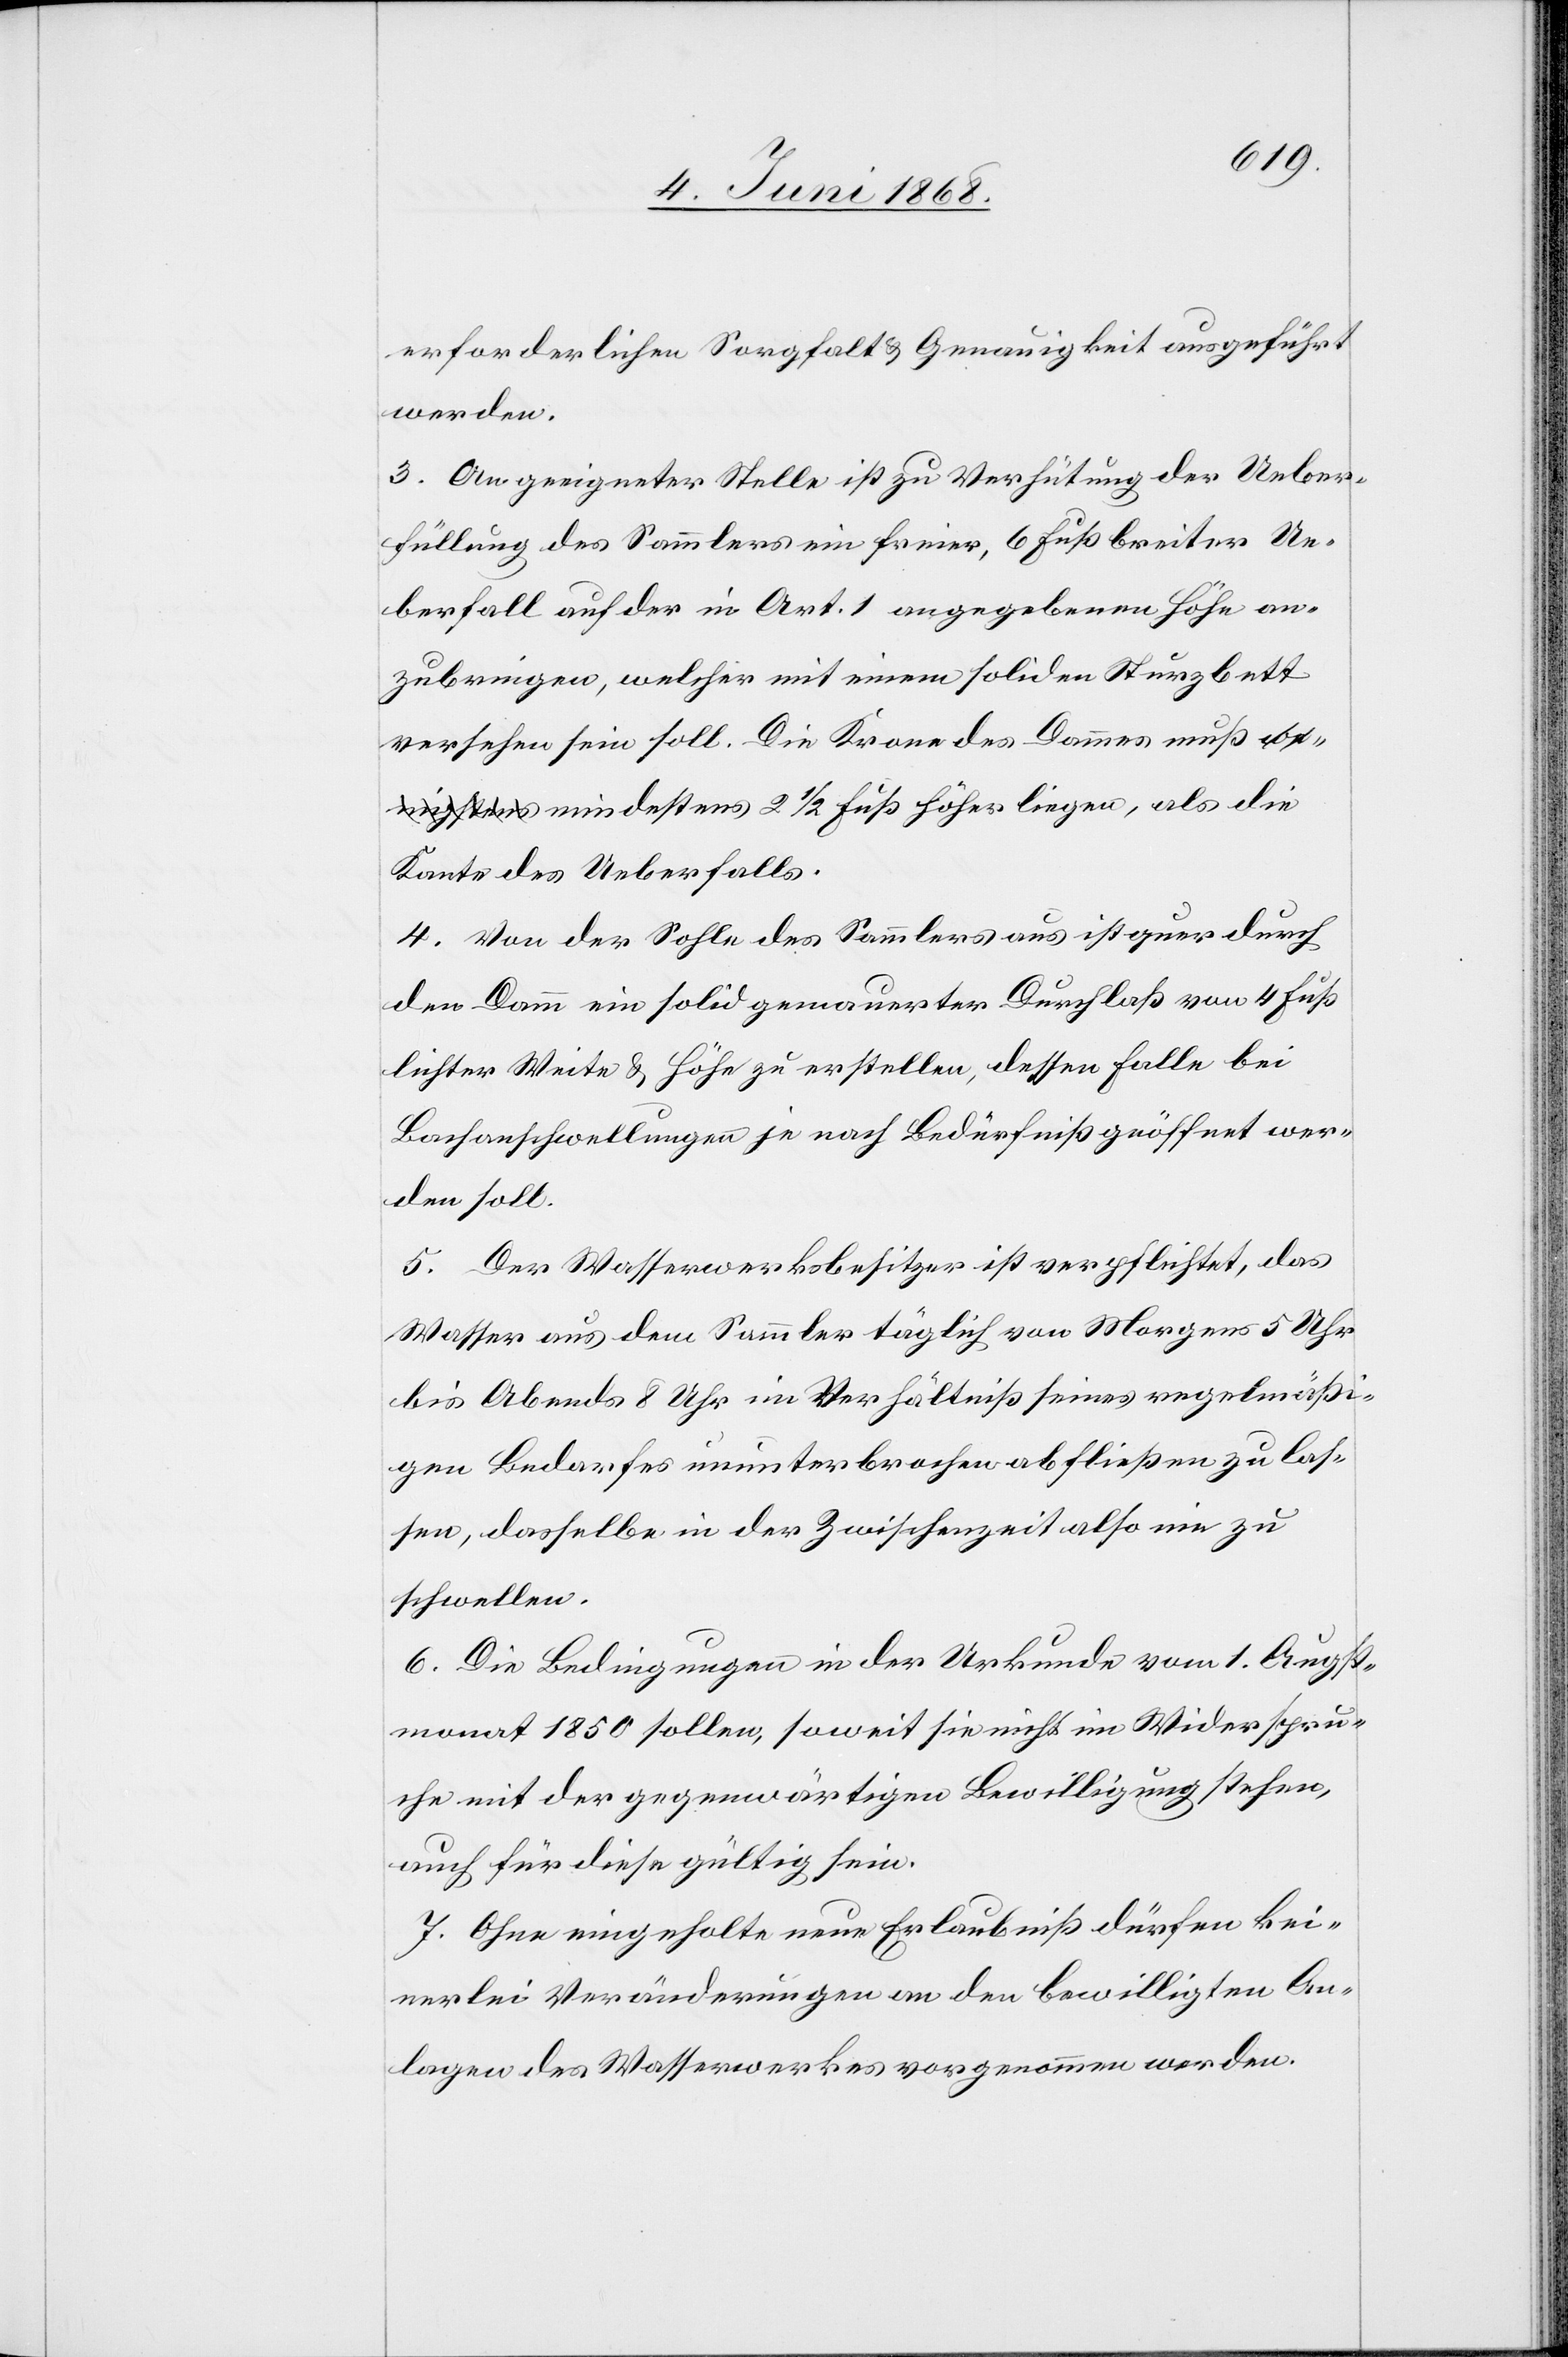
erforderlichen Sorgfalt & Genauigkeit ausgeführt
werden.
3. An geeigneter Stelle ist zu Verhütung der Ueber¬
füllung des Sammlers ein freier, 6 Fuß breiter Ue¬
berfall auf der in Art. 1 angegebenen Höhe an¬
zubringen, welcher mit einem soliden Sturzbett
versehen sein soll. Die Krone des Dammes muß a-we¬
nigstens-a mindestens 2 1/2 Fuß höher liegen, als die
Kante des Ueberfalls.
4. Von der Sohle des Sammlers aus ist quer durch
den Damm ein solid gemauerter Durchlaß von 4 Fuß
lichter Weite & Höhe zu erstellen, dessen Falle bei
Bachanschwellungen je nach Bedürfniß geöffnet wer¬
den soll.
5. Der Wasserwerksbesitzer ist verpflichtet, das
Wasser aus dem Sammler täglich von Morgens 5 Uhr
bis Abends 8 Uhr im Verhältniß seines regelmäßi¬
gen Bedarfes ununterbrochen abfließen zu las¬
sen, dasselbe in der Zwischenzeit also nie zu
schwellen.
6. Die Bedingungen in der Urkunde vom 1. Augst¬
monat 1850 sollen, soweit sie nicht im Widerspru¬
che mit der gegenwärtigen Bewilligung stehen,
auch für diese gültig sein.
7. Ohne eingeholte neue Erlaubniß dürfen kei¬
nerlei Veränderungen an den bewilligten An¬
lagen des Wasserwerkes vorgenommen werden.